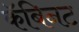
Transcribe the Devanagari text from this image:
कॅबिनट